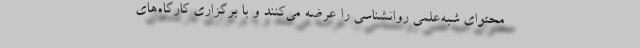
محتوای شبه‌علمی روانشناسی را عرضه می‌کنند و با برگزاری کارگاه‌های